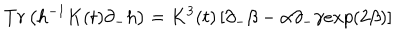
T r \left( h ^ { - 1 } K ( t ) \partial _ { - } h \right) = K ^ { 3 } ( t ) \left[ \partial _ { - } \beta - \alpha \partial _ { - } \gamma e x p ( 2 \beta ) \right]